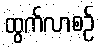
ထွက်လာစဉ်